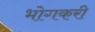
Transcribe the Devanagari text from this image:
भोगकरी